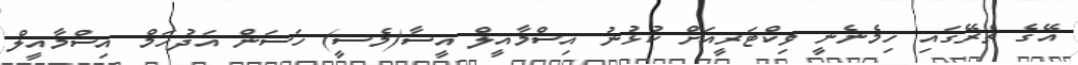
އޭގެ ތެރޭގައި ހިމެނެނީ ވިކްޓަރީއަށް ކުޅުނު އިސްމާއީލް އީސާ(މެސީ) ހަސަން އަދުހަމް އިސްމާއީލް